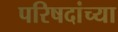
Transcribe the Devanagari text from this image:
परिषदांच्या